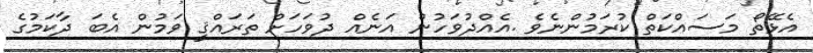
އެޅޭތޯ މަސައްކަތް ކުރަމުންނެވެ .އެއްދުވަހުން އަނެއް ދުވަހަށް ތަރައްޤީ ވަމުން އެބަ ދާކަމުގެ